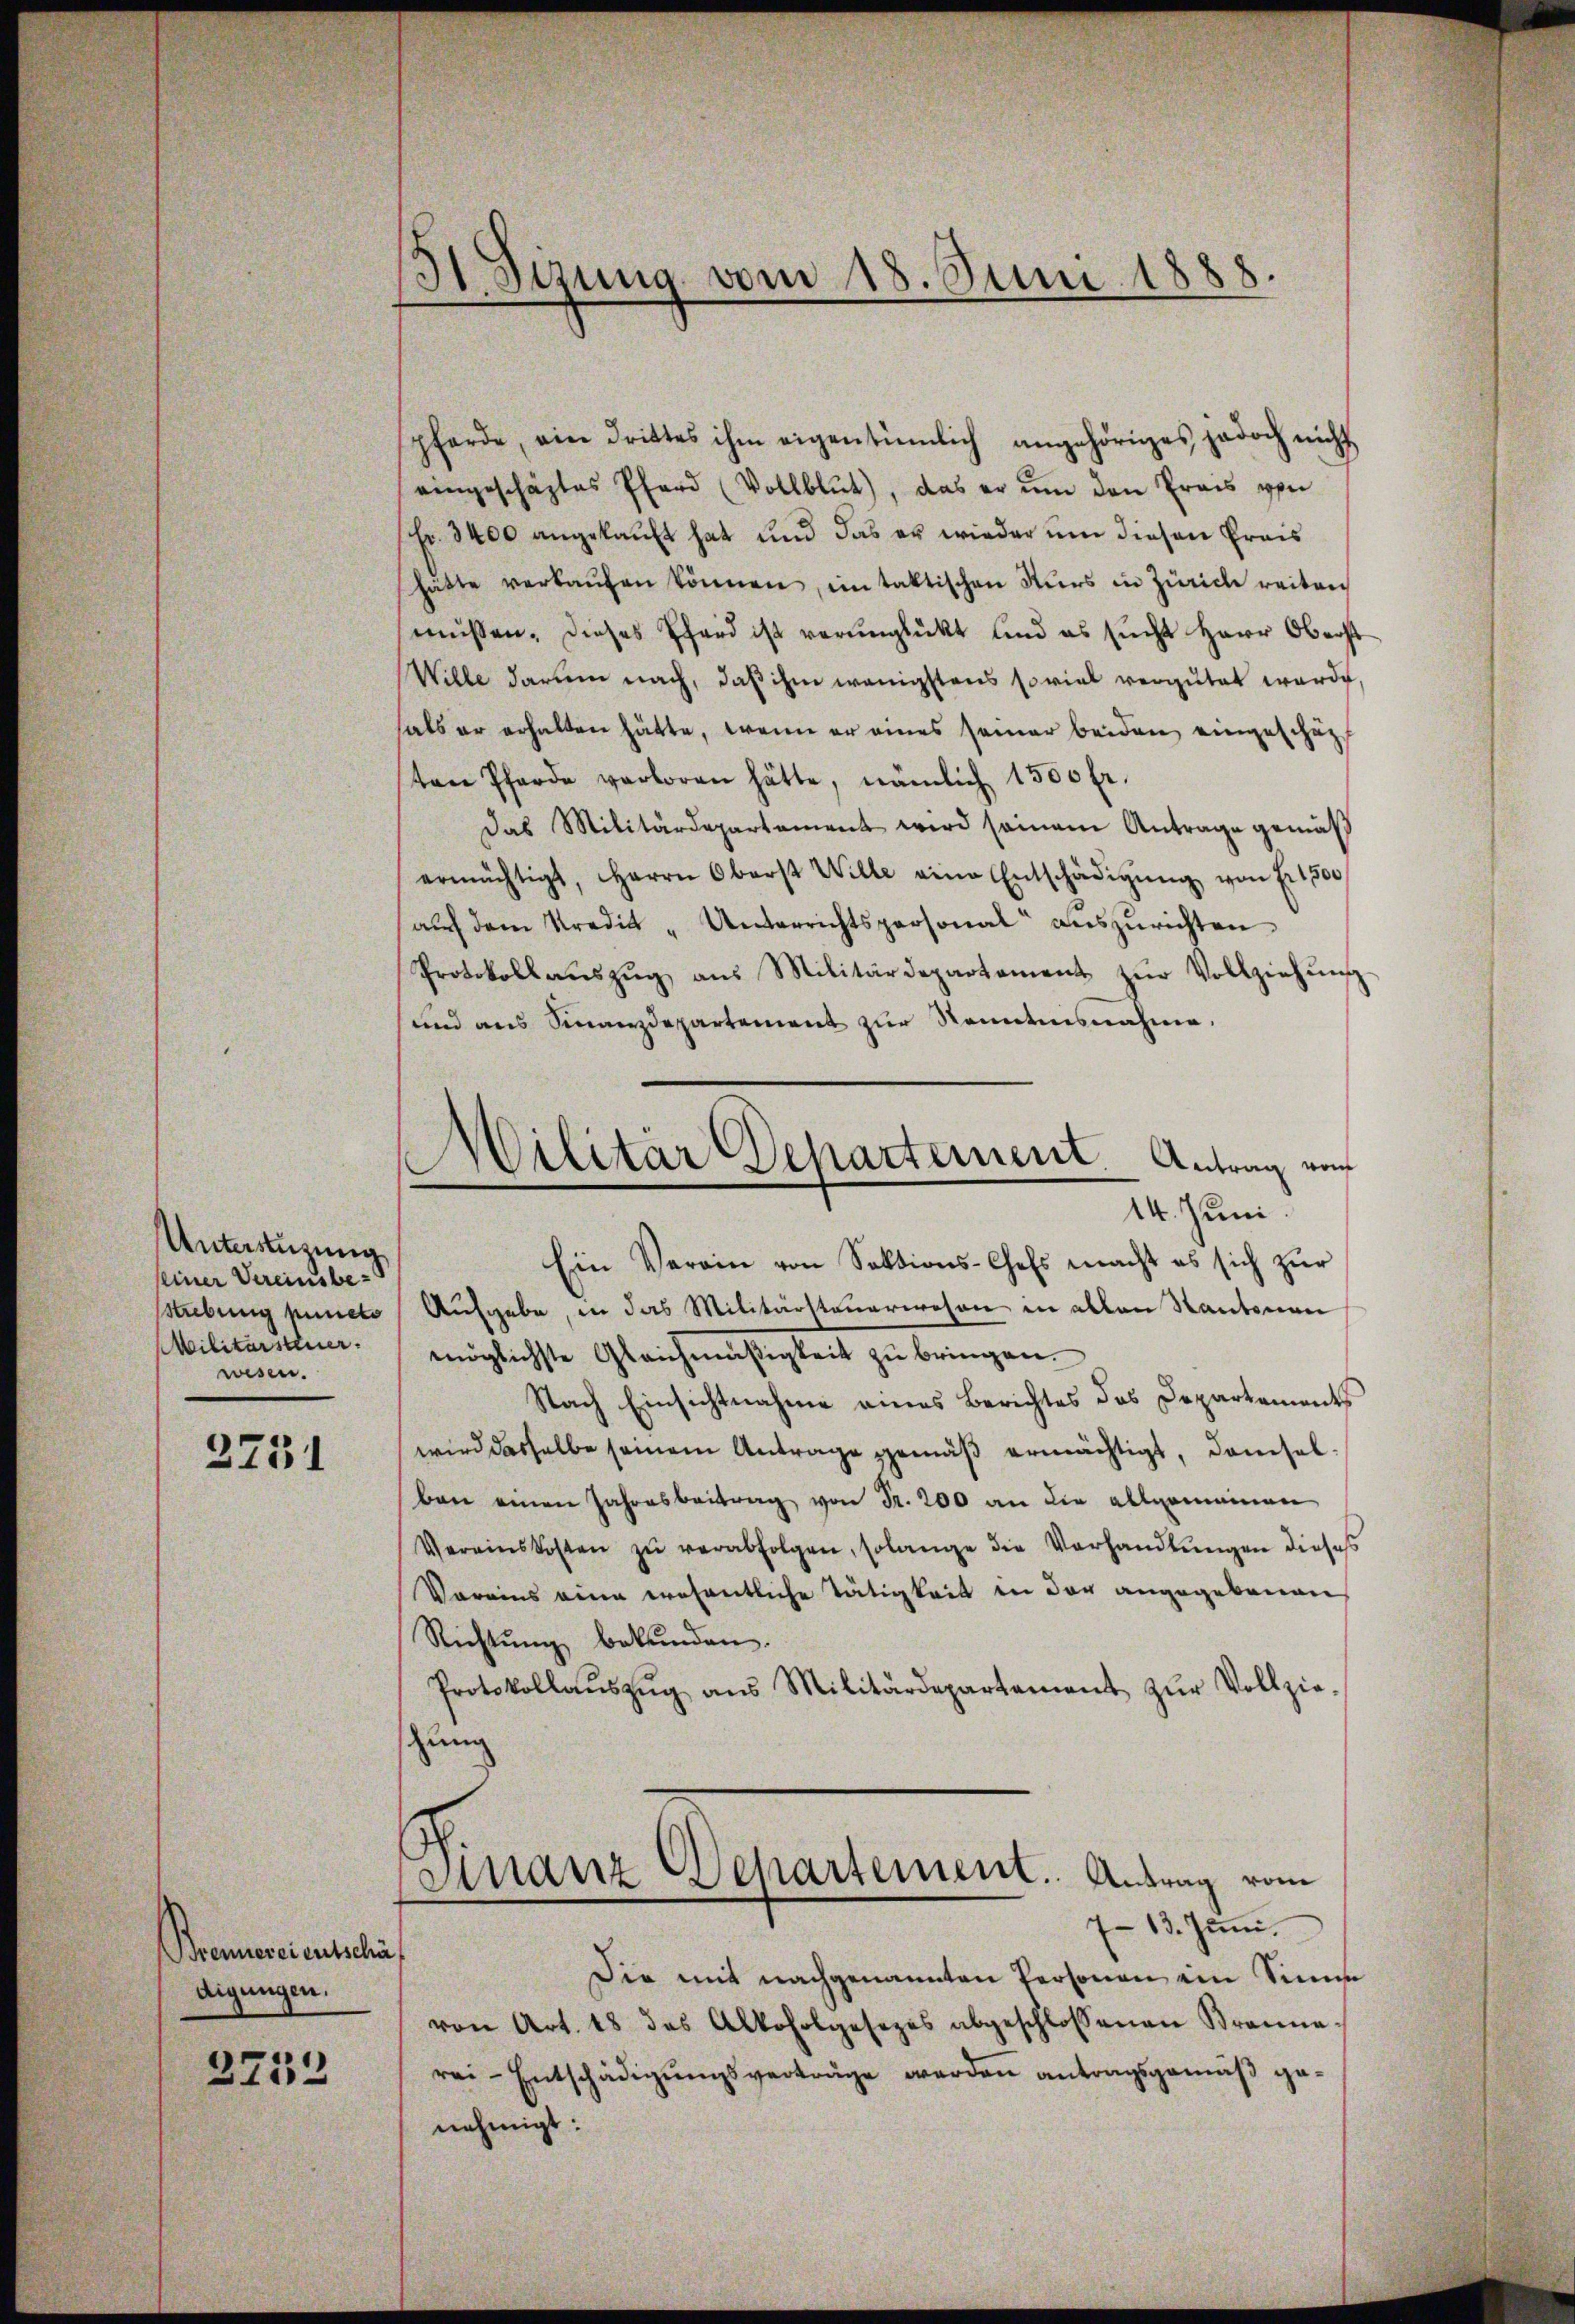
Unterstüzung,
seiner Vereinsbe-
Strebung puncto
Militärsteuer.
wesen.

2751

Brennereirutschä
digungen.

2253

HStzung vom 18. Juni 1888

Militär Departement Antrag von
14. Juni

pferde, ein drittes ihm eigentümlich angehöriges jedoch nicht
eingeschäftes Pfarr (Vollblŭt), das er ŭm den Preis von
Fr. 3400 angekauft hat und das er wieder um diesen Preis
hätte verkaŭfen können, in taktischen Kurs in Zürich reiten
müssen. Dieses Pferd ist verŭnglückt und es sucht Herr Oberst
Wille darum nach, daß ihm wenigstens soviel vergütet werde
hals er erhalten hätte, wenn er eines seiner beiden eingeschäft
ten Pferde verloren hätte, nämlich 1500 fr.
Das Militärdepartement wird semann Antrage gemäß
ermächtigt, Herrn Oberst Wille eine Entschädigŭng von Fr. 1500
aŭf dem Kredit "Unterrichtspersonal auszurichten
Protokollaŭszŭg ans Militärdepartement zŭr Vollziehŭng
und aus Finanzdepartement zur Kenntnisnahme.
Ein Verain von Sektions-Chefs macht es sich zŭr
Aufgabe, in das Militärsteuerwesen in allen Kantonen
möglichste Gleichmäßigkeit zŭ bringen.
Nach Einsichtnahme eines Berichtes das Departement
wird dasselbe seinem Antrage gemäß ermächtigt, damselben einen Jahresbeitrag von Fr. 200 an die allgemeinen
Vereinskosten zŭ verabfolgen, solange die Verhandlŭngen dieses
Voreins eine wesentliche Tätigkeit in der angegebenen
Richtung bekunden.
Protokollaŭszŭg ans Militärdepartement zŭr Vollzie-
zung
Finanz Departement. Antrag vom
713. Juni.
Die mit nachgenannten Personen ein Sinne
von Art. 18 des Alkoholgesezes abgeschlossenen Branna.
rei-Entschädigŭngsverträge werden antragsgemäß genehmigt: